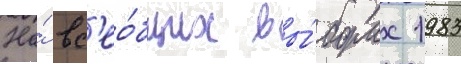
На́ вс'ео́бщих вы́борах 1983